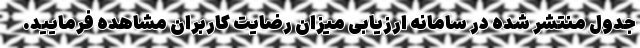
جدول منتشر شده در سامانه ارزیابی میزان رضایت کاربران مشاهده فرمایید.